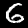
Digit: 6